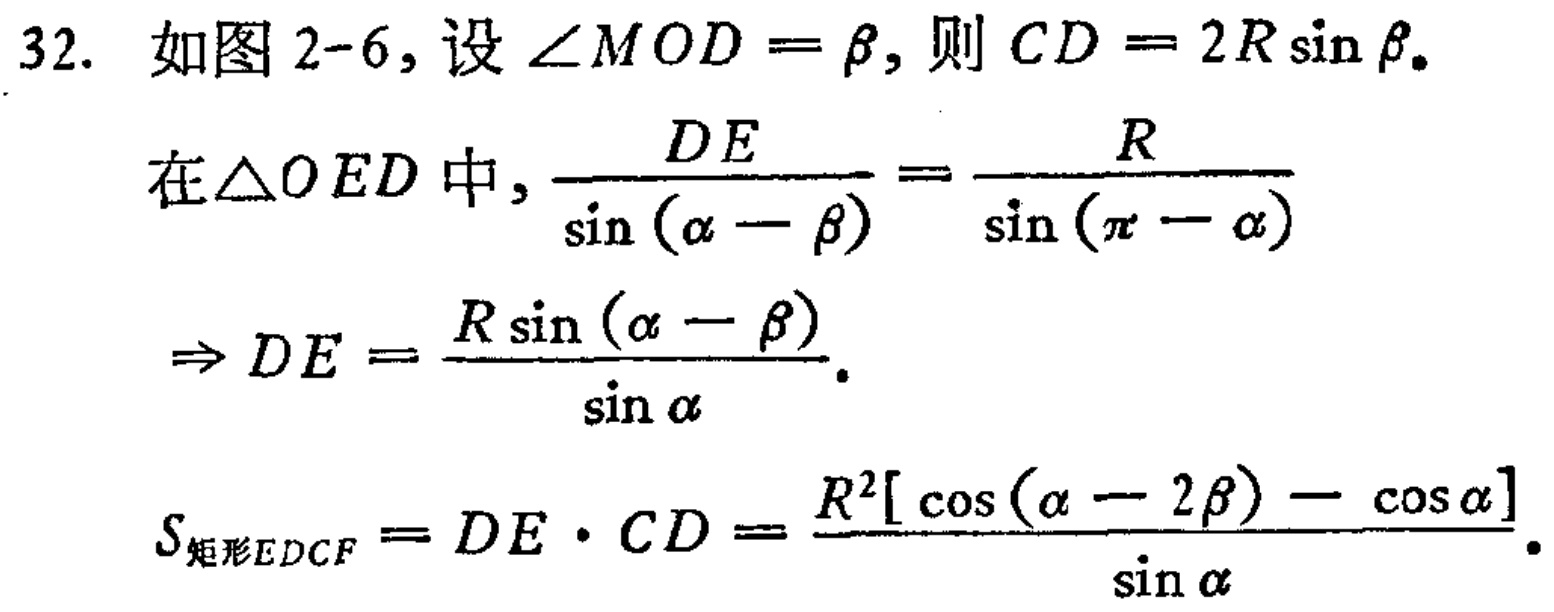
32. 如图2-6，设\(\angle MOD = \beta\)，则\(CD = 2R\sin\beta\)。

在\(\triangle OED\)中，\(\frac{DE}{\sin(\alpha - \beta)} = \frac{R}{\sin(\pi - \alpha)}\)

\(\Rightarrow DE = \frac{R\sin(\alpha - \beta)}{\sin\alpha}\)。

\(S_{矩形EDCF} = DE\cdot CD = \frac{R^{2}[\cos(\alpha - 2\beta) - \cos\alpha]}{\sin\alpha}\)。